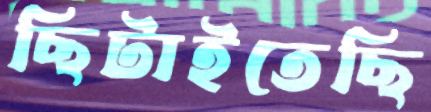
ছিটাইতেছি